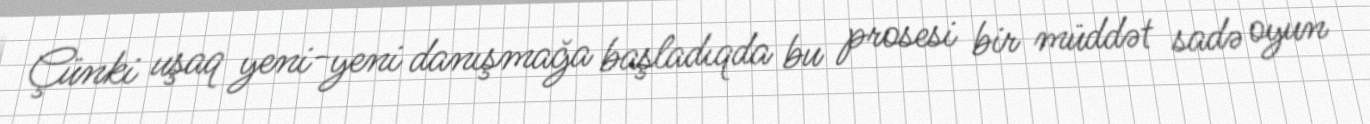
Çünki uşaq yeni-yeni danışmağa başladıqda bu prosesi bir müddət sadə oyun